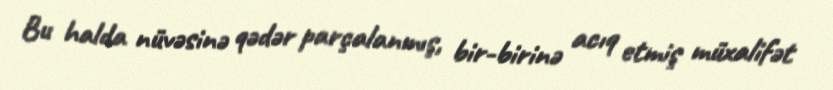
Bu halda nüvəsinə qədər parçalanmış, bir-birinə acıq etmiş müxalifət